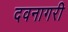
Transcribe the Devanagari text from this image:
दवनागरी